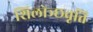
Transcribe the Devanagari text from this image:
शिलोञ्छवृत्ति